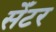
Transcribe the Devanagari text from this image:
सेँटर